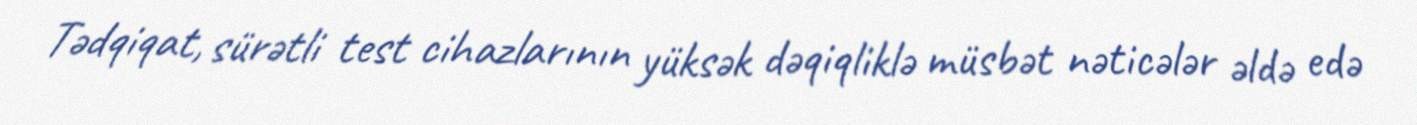
Tədqiqat, sürətli test cihazlarının yüksək dəqiqliklə müsbət nəticələr əldə edə